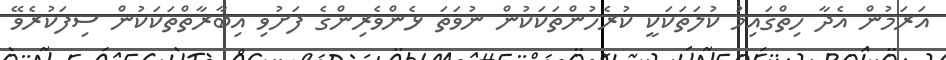
އަރަމުން އެދާ ހިތްގައިމު ކުލަތަކަކީ ކުރެހުންތަކަކުން ނުވަތަ ޅެންވެރިންގެ ފަށުވި އިބާރާތްތަކަކުން ސިފަކުރެވޭ